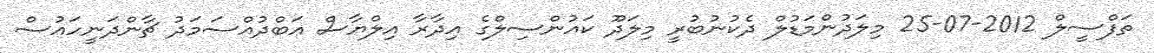
ތަފްސީލް 2012-07-25 މިލަދުންމަޑުލް ދެކުނުބުރީ މިލަދޫ ކައުންސިލްގެ އިދާރާ އިލްޔާސް ޢަބްދުއްސަމަދު ޗާންދަނީހައުސް